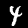
Label: 4